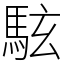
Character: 䮄